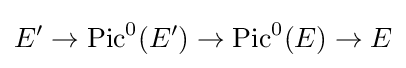
E'\to \operatorname {Pic} ^{0}(E')\to \operatorname {Pic} ^{0}(E)\to E